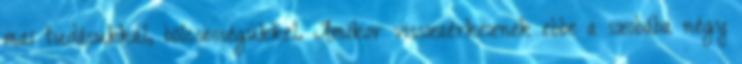
mai tudásukkal, bölcsességükkel. Amikor visszaérkeznek ebbe a szobába négy